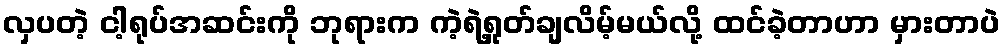
လှပတဲ့ ငါ့ရုပ်အဆင်းကို ဘုရားက ကဲ့ရဲ့ရှုတ်ချလိမ့်မယ်လို့ ထင်ခဲ့တာဟာ မှားတာပဲ